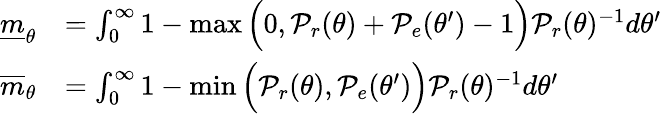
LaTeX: \begin{array}{rl}{\underline{{m}}_{\theta}}&{=\int_{0}^{\infty}1-\operatorname*{max}\Big(0,\mathcal{P}_{r}(\theta)+\mathcal{P}_{e}(\theta^{\prime})-1\Big)\mathcal{P}_{r}(\theta)^{-1}d\theta^{\prime}}\\ {\overline{{m}}_{\theta}}&{=\int_{0}^{\infty}1-\operatorname*{min}\Big(\mathcal{P}_{r}(\theta),\mathcal{P}_{e}(\theta^{\prime})\Big)\mathcal{P}_{r}(\theta)^{-1}d\theta^{\prime}}\end{array}